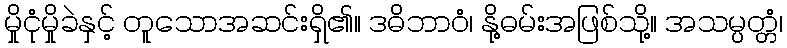
မှိုငုံမှိုခဲနှင့် တူသောအဆင်းရှိ၏။ ဒဓိဘာဝံ၊ နို့ဓမ်းအဖြစ်သို့။ အသမ္ပတ္တံ၊